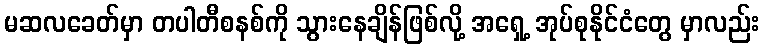
မဆလခေတ်မှာ တပါတီစနစ်ကို သွားနေချိန်ဖြစ်လို့ အရှေ့ အုပ်စုနိုင်ငံတွေ မှာလည်း